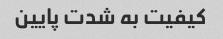
کیفیت به شدت پایین